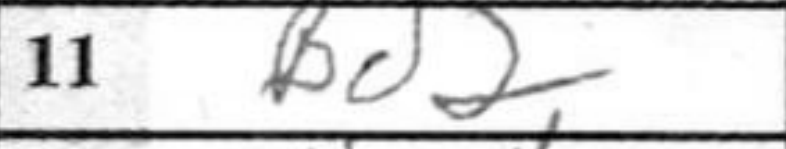
Transcription: Bd2